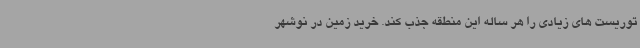
توریست های زیادی را هر ساله این منطقه جذب کند. خرید زمین در نوشهر